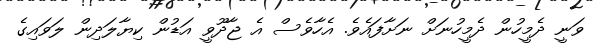
ވަނީ ދެމީހުން ދެމީހުނަށް ނަށާފައެވެ. އެހާވެސް އެ ޖާދޫވީ އަޑުން ކިޔާލަދިން ލަވައިގެ